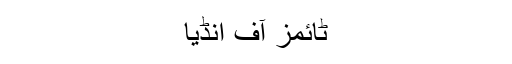
ٹائمز آف انڈیا